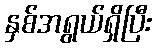
နှစ်အရွယ်ရှိပြီး